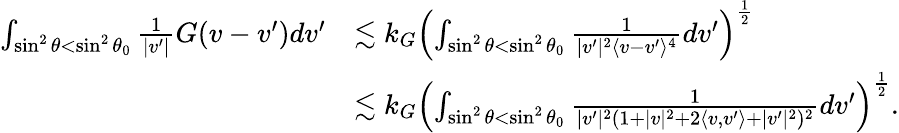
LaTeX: \begin{array}{rl}{\int_{\sin^{2}\theta<\sin^{2}\theta_{0}}\frac{1}{|v^{\prime}|}G(v-v^{\prime})dv^{\prime}}&{\lesssim k_{G}\left(\int_{\sin^{2}\theta<\sin^{2}\theta_{0}}\frac{1}{|v^{\prime}|^{2}\langle v-v^{\prime}\rangle^{4}}dv^{\prime}\right)^{\frac{1}{2}}}\\ &{\lesssim k_{G}\left(\int_{\sin^{2}\theta<\sin^{2}\theta_{0}}\frac{1}{|v^{\prime}|^{2}(1+|v|^{2}+2\langle v,v^{\prime}\rangle+|v^{\prime}|^{2})^{2}}dv^{\prime}\right)^{\frac{1}{2}}.}\end{array}